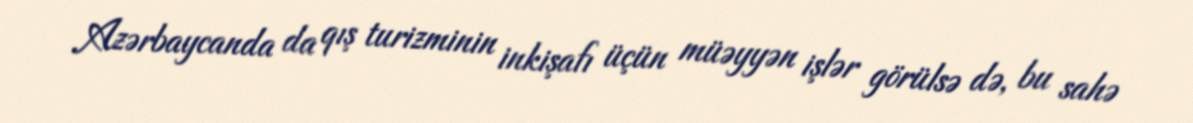
Azərbaycanda da qış turizminin inkişafı üçün müəyyən işlər görülsə də, bu sahə